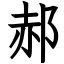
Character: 郝